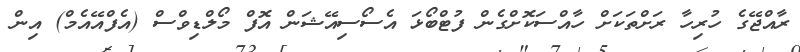
ރާއްޖޭގެ ހުރިހާ ރަށްތަކަށް ހާއްސަކޮށްގެން ފުޓްބޯޅަ އެސޯސިއޭޝަން އޮފް މޯލްޑިވްސް (އެފްއޭއެމް) އިން